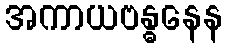
အကာယဗန္ဓနေန